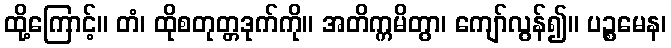
ထို့ကြောင့်။ တံ၊ ထိုစတုတ္တဒုက်ကို။ အတိက္ကမိတွာ၊ ကျော်လွန်၍။ ပဉ္စမေန၊